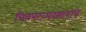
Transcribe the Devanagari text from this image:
चित्रपटव्यवसायाचे